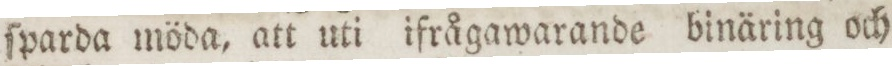
ſparda möda, att uti ifrågawarande binäring och